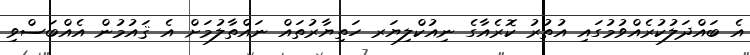
އެ ބައްދަލުކުރެއްވުމުގައި އުތުރު ކޮރެއާގެ ނިއުކްލިޔަރ ހަތިޔާރުތައް ނައްތާލުމަށް އެ ޤައުމުން އެއްބަސްވި